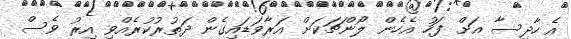
އެ ހާދިސާ އަށް ފަހު އެހެން ލޯންޗަކަށް އަރާވަޑައިގެން ދަތުރުކުރެއްވި އިރު ވެސް